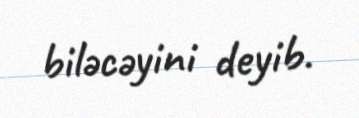
biləcəyini deyib.